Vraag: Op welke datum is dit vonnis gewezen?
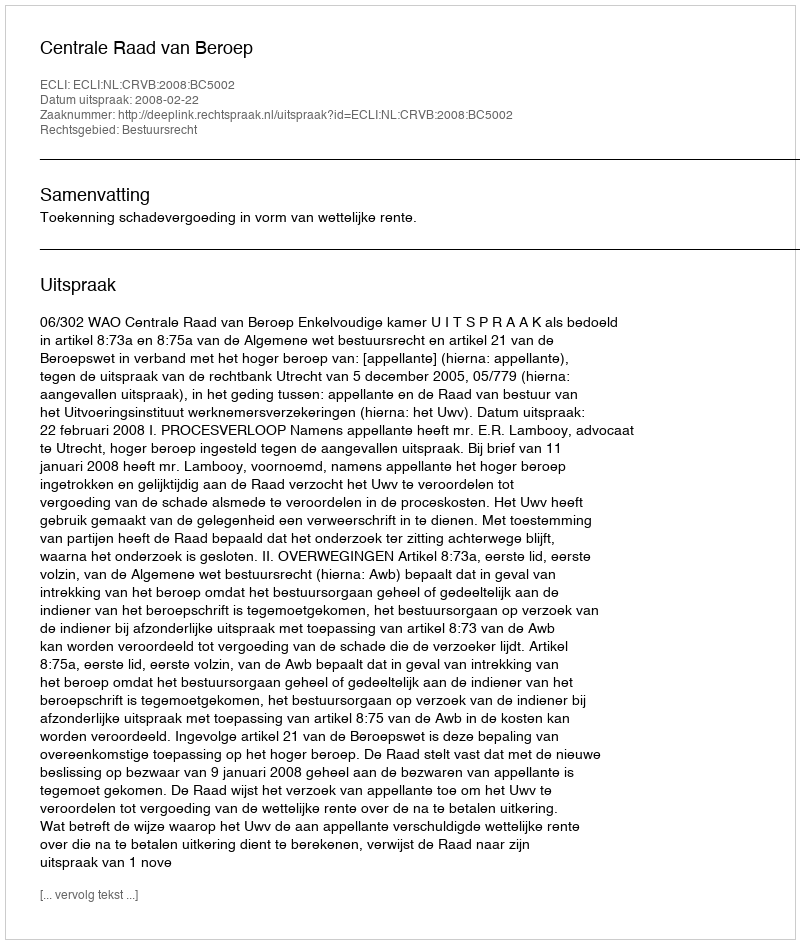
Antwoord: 2008-02-22